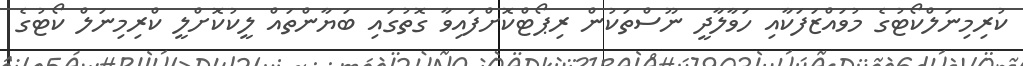
ކުރިމިނަލްކޯޓުގެ މުވައްޒަފަކާއި ހަވާލާދީ ނޫސްތަކުން ރިޕޯޓްކޮށްފައިވާ ގޮތުގައި ބަޔާންތައް ލީކުކޮށްލީ ކްރިމިނަލް ކޯޓުގެ